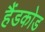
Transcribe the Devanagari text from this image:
हैंडकोड